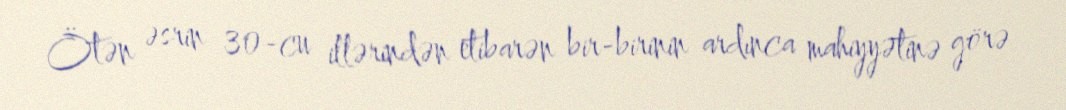
Ötən əsrin 30-cu illərindən etibarən bir-birinin ardınca mahiyyətinə görə